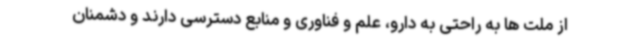
از ملت ها به راحتی به دارو، علم و فناوری و منابع دسترسی دارند و دشمنان